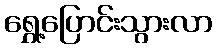
ရွှေ့ပြောင်းသွားလာ